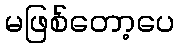
မဖြစ်တော့ပေ